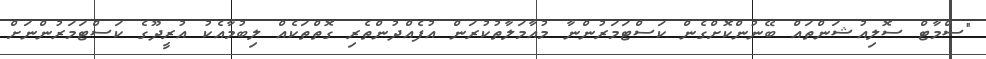
"ސްމާޓް ސޮލިއުޝަންތައް ބޭނުންކޮށްގެން ކަސްޓަމަރުންނާ މުއާމަލާތުކުރަން އުފެއްދުންތެރި ގޮތްތަކެއް ލިބުމާއެކު އުރީދޫގެ ކަސްޓަމަރުންނަށް